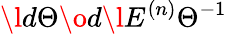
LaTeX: \l{d\Theta\o d\l}E^{(n)}{\Theta}^{-1}